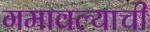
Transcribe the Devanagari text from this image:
गमावल्याची